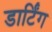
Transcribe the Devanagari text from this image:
डार्टिंग